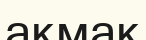
ақмақ